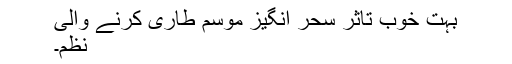
بہت خوب تاثر سحر انگیز موسم طاری کرنے والی
نظم۔